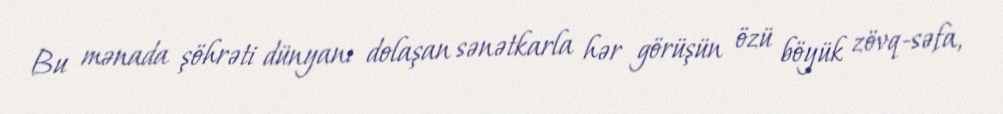
Bu mənada şöhrəti dünyanı dolaşan sənətkarla hər görüşün özü böyük zövq-səfa,